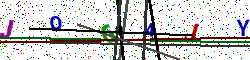
Text: JO64JY